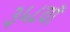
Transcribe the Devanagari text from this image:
३५८वॉ